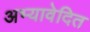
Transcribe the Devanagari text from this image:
अभ्यावेदित